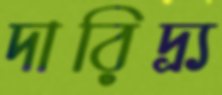
দারিদ্র্য